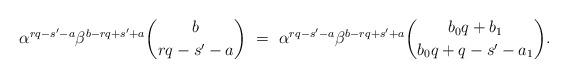
LaTeX: \begin{align*} \alpha^{rq-s'-a}\beta^{b-rq+s'+a}\binom{b}{rq - s' - a} \ &= \ \alpha^{rq-s'-a}\beta^{b-rq+s'+a}\binom{b_0q+b_1}{b_0q+q-s'-a_1}. \end{align*}